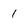
Character: 1